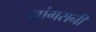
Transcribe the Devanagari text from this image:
नांगरानी